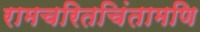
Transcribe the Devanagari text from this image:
रामचरितचिंतामणि